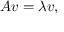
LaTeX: A v = \lambda v ,